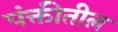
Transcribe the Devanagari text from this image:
पंक्तीतील